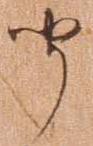
聞